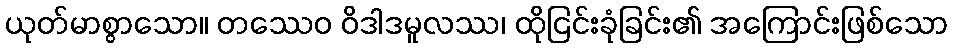
ယုတ်မာစွာသော။ တဿေဝ ဝိဒါဒမူလဿ၊ ထိုငြင်းခုံခြင်း၏ အကြောင်းဖြစ်သော